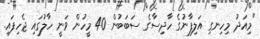
"މިއަދު މިހިނގި އަލިފާނުގެ ހާދިސާގެ ސަބަބުން 40 މީހުން ވަނީ ހާލުގައި ޖެހިފައި.